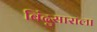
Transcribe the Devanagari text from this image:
बिंदुसाराला